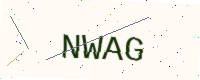
Text: NWAG